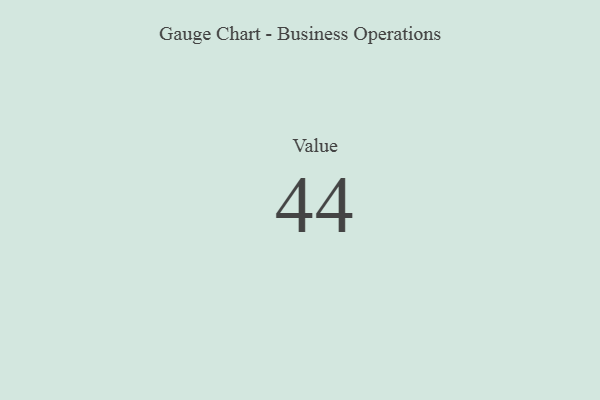
{"axis": {"x": "Metric", "y": "Value"}, "legend": [""], "data": [{"x": "Value", "y": 44, "type": ""}]}